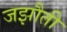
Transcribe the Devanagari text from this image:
जझौती